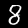
Digit: 8